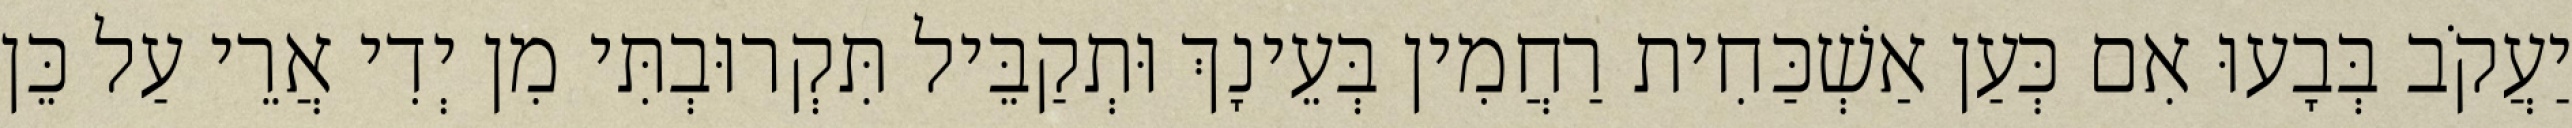
יַעֲקֹב בְּבָעוּ אִם כְּעַן אַשְׁכַּחִית רַחֲמִין בְּעֵינָךְ וּתְקַבֵּיל תִּקְרוּבְתִּי מִן יְדִי אֲרֵי עַל כֵּן